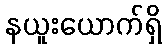
နယူးယောက်ရှိ